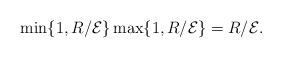
LaTeX: \begin{align*}\min\{1,R/{\mathcal{E}}\}\max\{1,R/{\mathcal{E}}\}=R/{\mathcal{E}}.\end{align*}